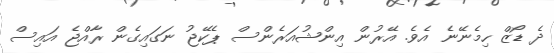
ދެ ޑޯޒް ހިމެނޭނެ އެވެ. އޭރުން އިންޝުއަރެންސް ޕެކޭޖު ނަގައިގެން ރާއްޖެ އައިސް